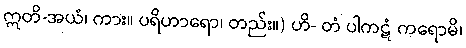
ဣတိ-အယံ၊ ကား။ ပရိဟာရော၊ တည်း။) ဟိ- တံ ပါကဋံ ကရောမိ၊